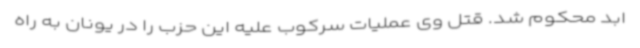
ابد محکوم شد. قتل وی عملیات سرکوب علیه این حزب را در یونان به راه